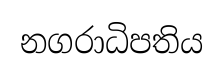
නගරාධිපතිය